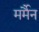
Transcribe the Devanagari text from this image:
मर्मैन